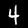
Label: 4